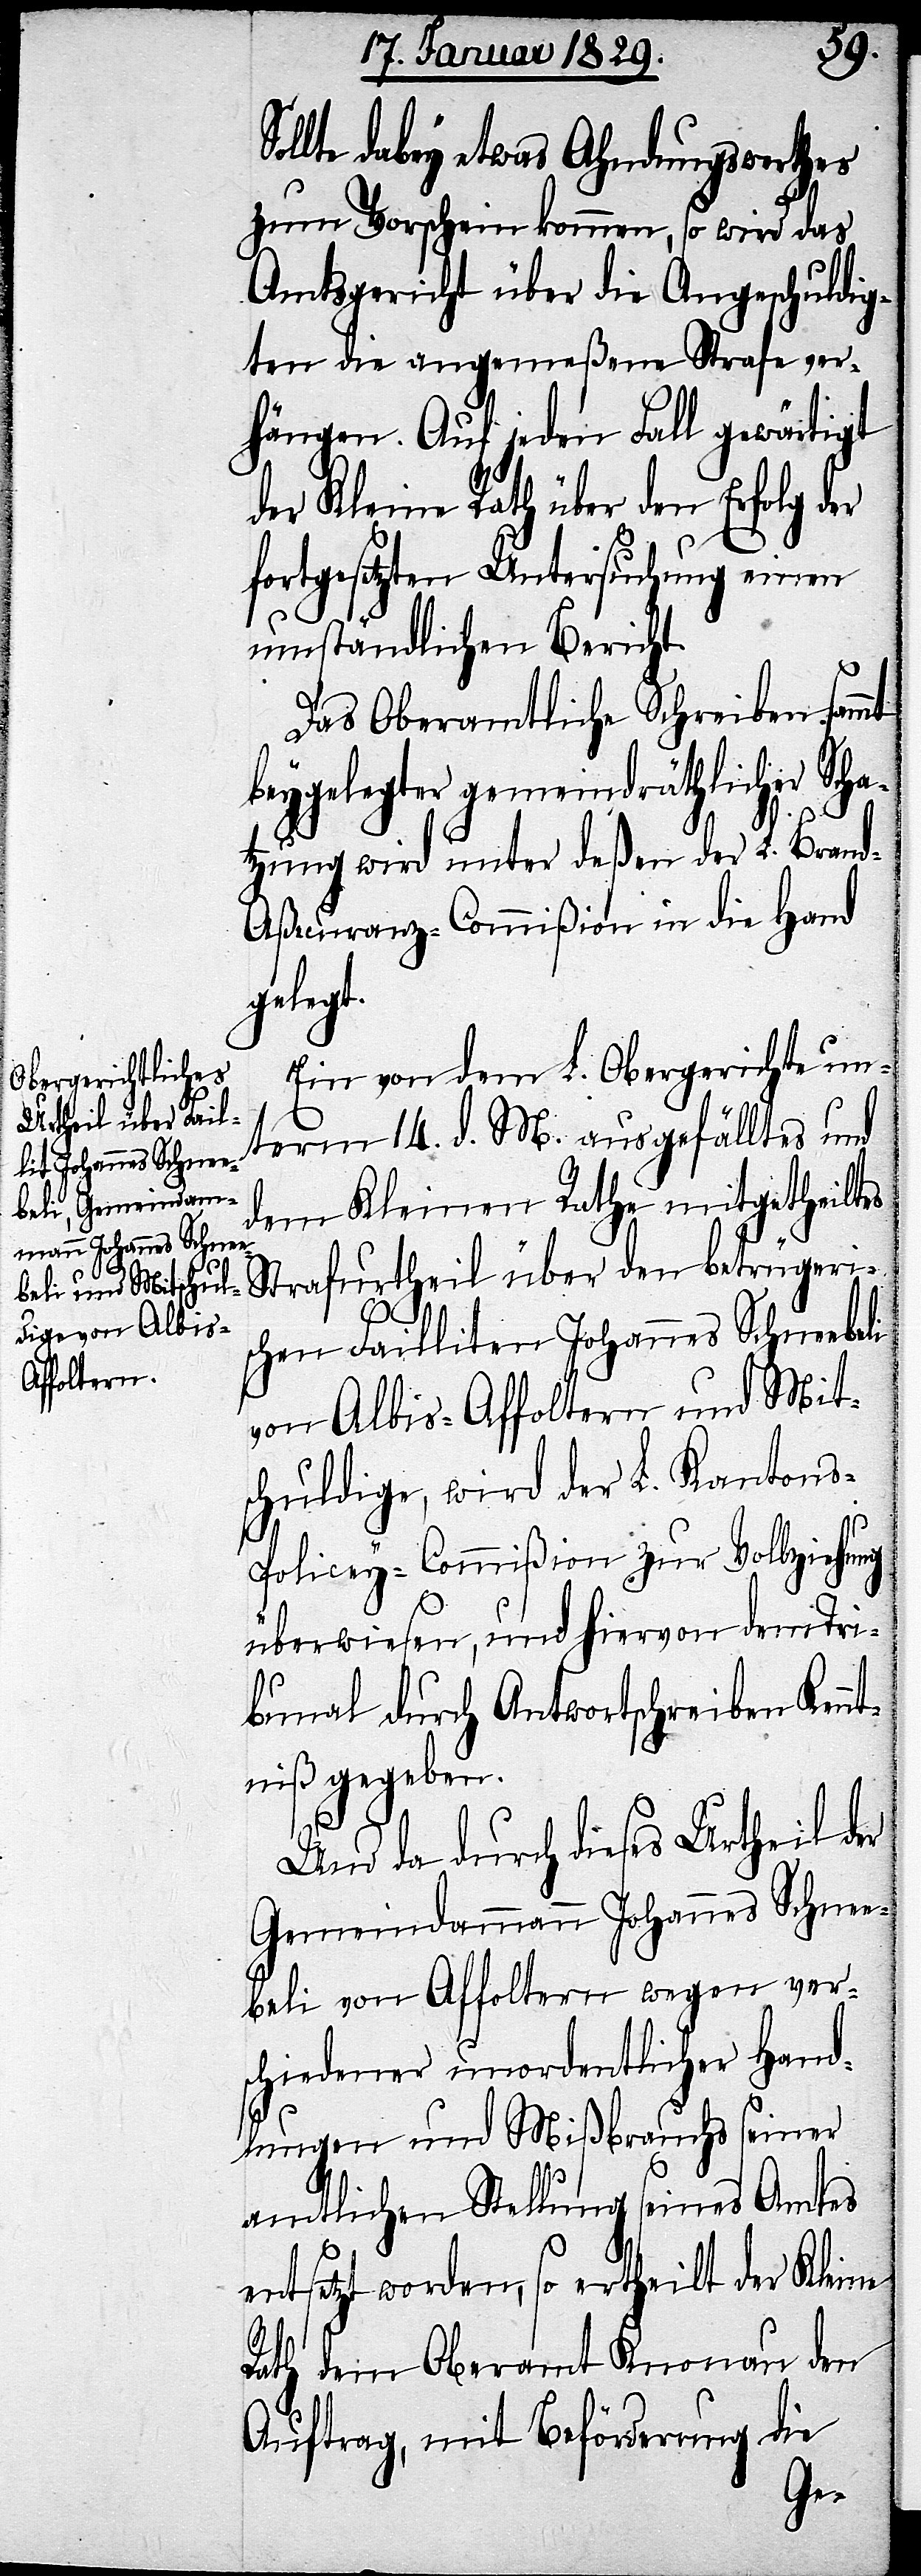
llte dabey etwas Ahndungswerthes
zum Vorschein kommen, so wird das
Amtsgericht über die Angeschuldig¬
ten die angemeßene Strafe ver¬
hängen. Auf jeden Fall gewärtigt
der Kleine Rath über den Erfolg der
fortgesetzten Untersuchung einen
umständlichen Bericht.
Das Oberamtliche Schreiben sammt
beygelegter gemeindräthlicher Scha¬
tzung wird unter deßen der L. Bran¬
d-Aßecuranz-Commißion in die Hand
gelegt.
Ein von dem L. Obergerichte un¬
term 14. d. M. ausgefälltes und
dem Kleinen Rathe mitgetheiltes
Strafurtheil über den betrügeri¬
schen Failliten Johannes Schneebeli
von Albis-Affoltern und Mit¬
schuldige, wird der L. Kanton¬
s-Policey-Commißion zur Vollziehung
überwiesen, und hiervon dem Tri¬
bunal durch Antwortschreiben Kenn¬
tniß gegeben.
So¬
Und da durch dieses Urtheil der
Gemeindammann Johannes Schnee¬
beli von Affoltern wegen ver¬
schiedener unordentlicher Hand¬
lungen und Mißbrauchs seiner
amtlichen Stellung seines Amtes
entsetzt worden, so ertheilt der Kleine
Rath dem Oberamt Knonau den
Auftrag, mit Beförderung die